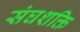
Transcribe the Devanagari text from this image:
संघशक्ति